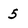
Character: 5